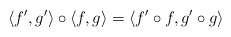
\begin{align*}\langle f',g'\rangle \circ \langle f,g \rangle = \langle f' \circ f , g' \circ g \rangle \end{align*}